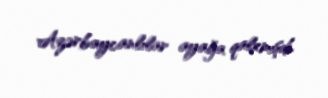
Azərbaycanlılar ayağa qalxmışdı.